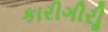
કારીગીરીૢ